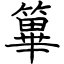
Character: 篳